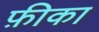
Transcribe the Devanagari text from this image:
फ़ीका